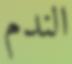
الندم